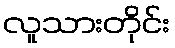
လူသားတိုင်း